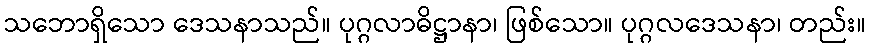
သဘောရှိသော ဒေသနာသည်။ ပုဂ္ဂလာဓိဋ္ဌာနာ၊ ဖြစ်သော။ ပုဂ္ဂလဒေသနာ၊ တည်း။